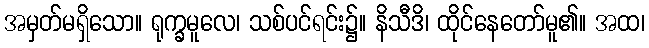
အမှတ်မရှိသော။ ရုက္ခမူလေ၊ သစ်ပင်ရင်း၌။ နိသီဒိ၊ ထိုင်နေတော်မူ၏။ အထ၊